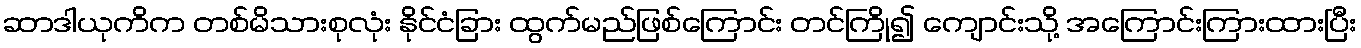
ဆာဒါယုကိက တစ်မိသားစုလုံး နိုင်ငံခြား ထွက်မည်ဖြစ်ကြောင်း တင်ကြို၍ ကျောင်းသို့ အကြောင်းကြားထားပြီး